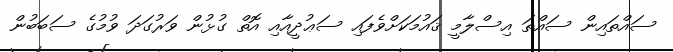
ސައްތައިން ސައްތަ އިސްލާމީ ޤައުމަކަށްވެފައި ސަޢުދީއާއި އޮތް ގުޅުން ވަރުގަދަ ވުމުގެ ސަބަބުން